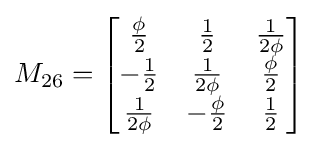
M_{26}={\begin{bmatrix}{\frac {\phi }{2}}&{\frac {1}{2}}&{\frac {1}{2\phi }}\\-{\frac {1}{2}}&{\frac {1}{2\phi }}&{\frac {\phi }{2}}\\{\frac {1}{2\phi }}&-{\frac {\phi }{2}}&{\frac {1}{2}}\end{bmatrix}}